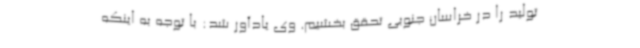
تولید را در خراسان جنوبی تحقق بخشیم. وی یادآور شد: با توجه به اینکه